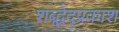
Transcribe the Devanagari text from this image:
शब्द्भेद्प्रकाश